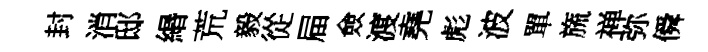
封消邸緡荒毅從屇僉渡堯彪波單旒禅弥僢